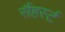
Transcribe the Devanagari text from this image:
सैंहर्स्ट